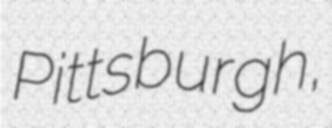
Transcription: Pittsburgh,